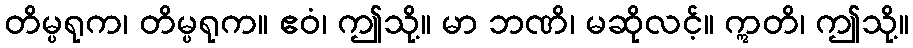
တိမ္ပရုက၊ တိမ္ပရုက။ ဧဝံ၊ ဤသို့။ မာ ဘဏိ၊ မဆိုလင့်။ ဣတိ၊ ဤသို့။